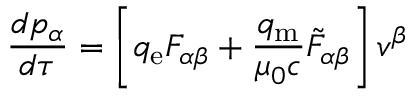
{ \frac { d p _ { \alpha } } { d \tau } } = \left[ q _ { \mathrm { e } } F _ { \alpha \beta } + { \frac { q _ { \mathrm { m } } } { \mu _ { 0 } c } } { { \tilde { F } } _ { \alpha \beta } } \right] v ^ { \beta }